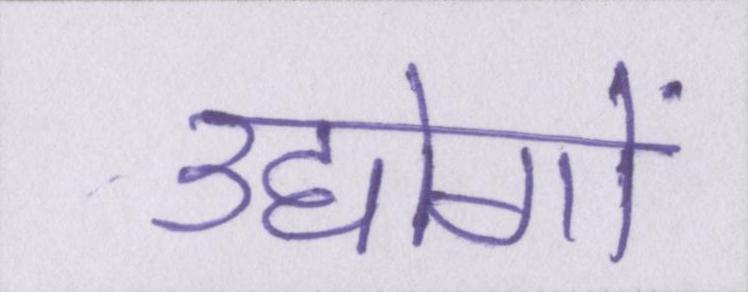
उद्दोगों